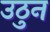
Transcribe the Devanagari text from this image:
उठुन